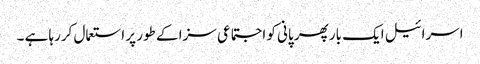
اسرائیل ایک بار پھر پانی کو اجتماعی سزا کے طور پر استعمال کررہا ہے ۔